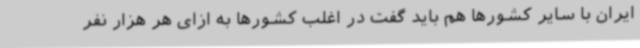
ایران با سایر کشورها هم باید گفت در اغلب کشورها به ازای هر هزار نفر